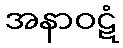
အနာဝဋံ